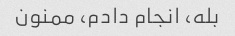
بله، انجام دادم، ممنون